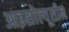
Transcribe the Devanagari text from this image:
आइसोल्यूसीन